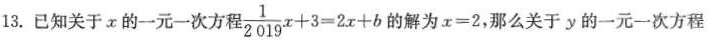
13.已知关于x的一元一次方程 $$ \frac{1}{2019}x + 3 = 2x + b $$ 的解为x = 2，那么关于y的一元一次方程